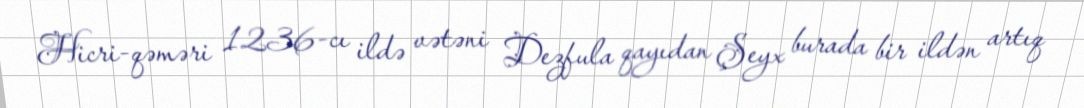
Hicri-qəməri 1236-cı ildə vətəni Dezfula qayıdan Şeyx burada bir ildən artıq